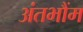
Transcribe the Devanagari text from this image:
अंतभौंम